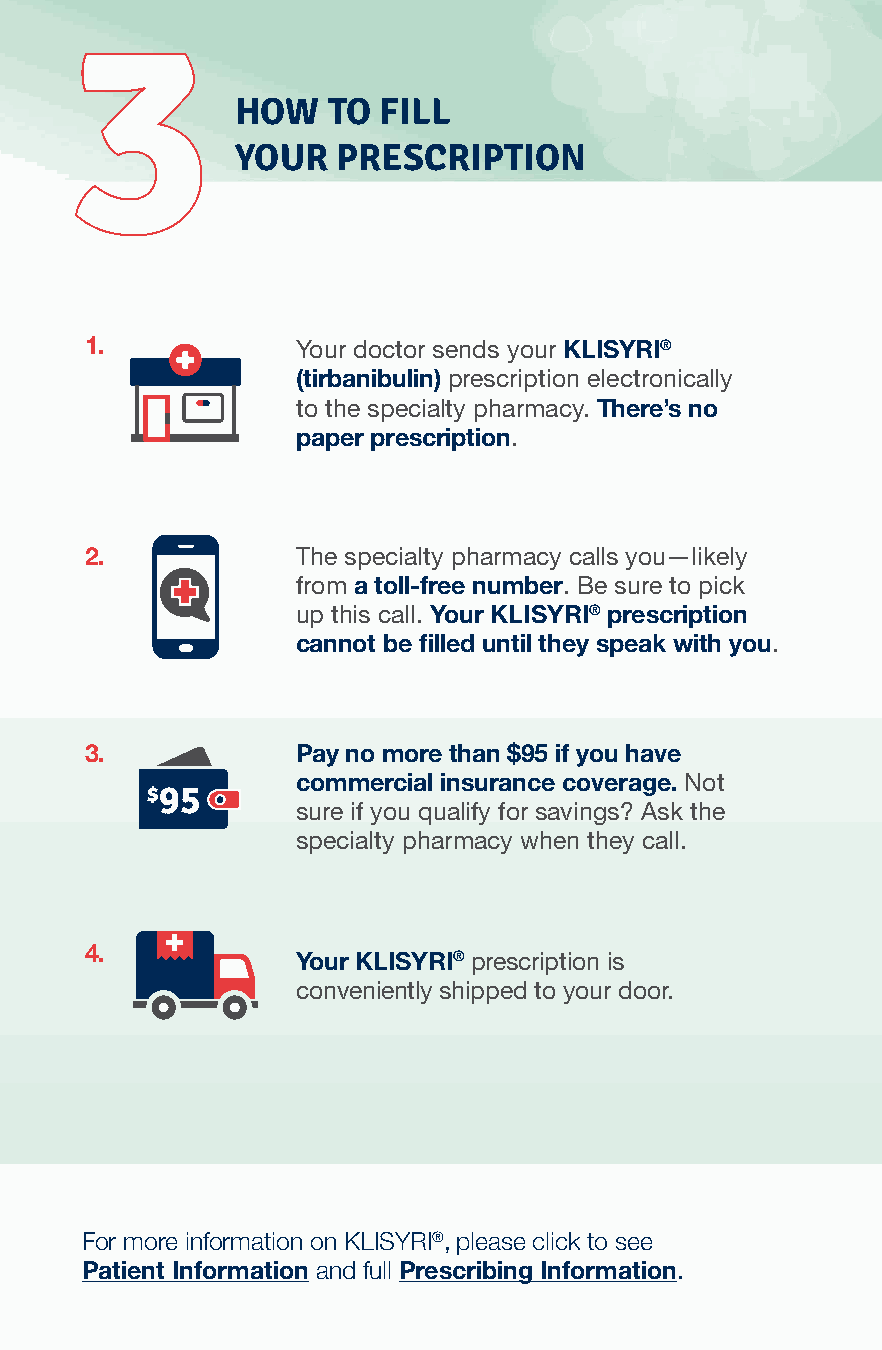
HOW   TO FILL
 YOUR  PRESCRIPTION
 1.            Your doctor sends your KLISYRI®
 (tirbanibulin) prescription electronically
 to the specialty pharmacy. There’s no
 paper prescription.
 2.            The specialty pharmacy calls you—likely
 from a toll-free number. Be sure to pick
 up this call. Your KLISYRI® prescription
 cannot be filled until they speak with you.
 3.            Pay no more than $95 if you have
 commercial insurance coverage. Not
 $95
 sure if you qualify for savings? Ask the
 specialty pharmacy when they call.
 4.
 Your KLISYRI® prescription is
 conveniently shipped to your door.
 For more information on KLISYRI®, please click to see
 Patient Information and full Prescribing Information.